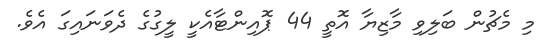
މި މެޗުން ބަލިވި މާޒިޔާ އޮތީ 44 ޕޮއިންޓާއެކީ ލީގުގެ ދެވަނައިގަ އެވެ.